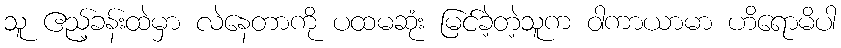
သူ ဧည့်ခန်းထဲမှာ လဲနေတာကို ပထမဆုံး မြင်ခဲ့တဲ့သူက ဝါကာယာမာ ဟိရောမိပါ